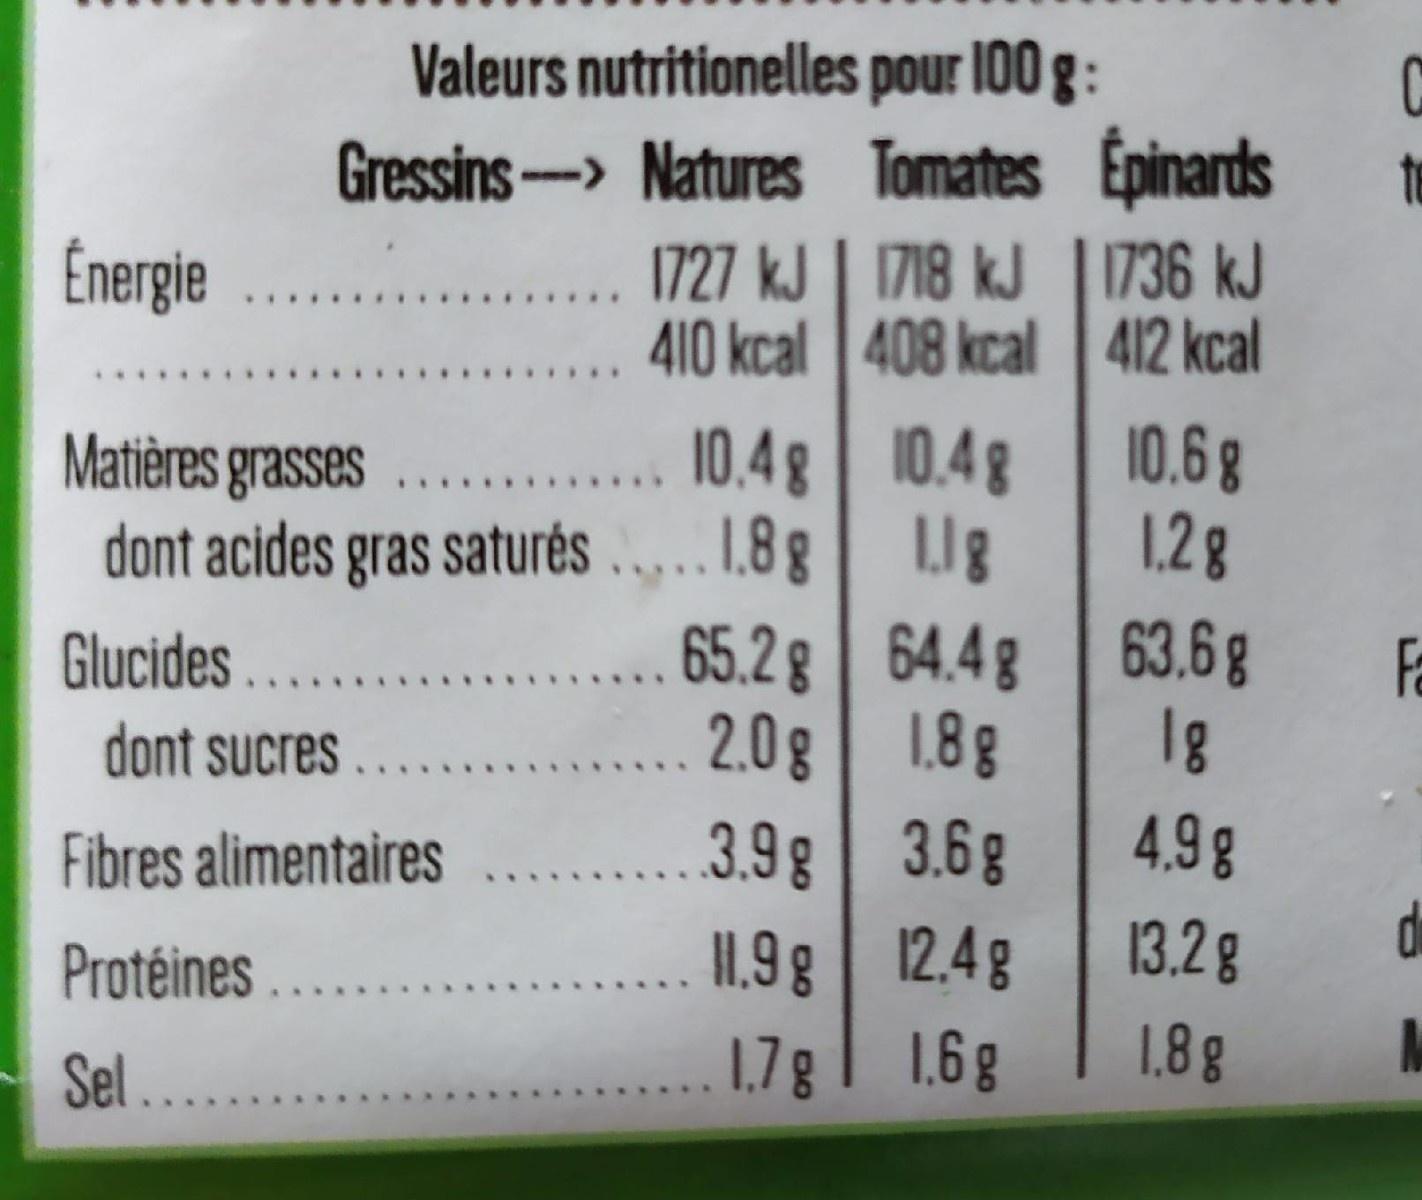
Valeurs nutritionelles pour 100 g :
C Gressins -> Natures Tomates Épinards ... 1727 kJ | 1718 kJ | 1736 kJ 410 kcal 408 kcal | 412 kcal 10.6g 1.28
Ênergie
10,4 g 10.4 g
Matières grasses dont acides gras saturés .... 1.8 g | Lg Glucides ..... dont sucres....
65.2 g 64.4g 63.6 g
Fa
....0g 1.8g 3.9g 3.6g I1.9 g | 12,4g 1.7g | 1.6g
1g 4.9g
Fibres alimentaires
Protéines .....
13.2g
1.8g
M
Sel ......